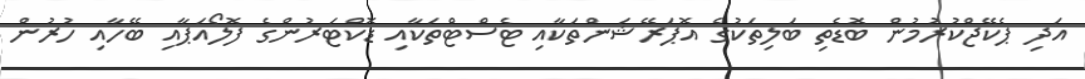
އަދި ޕެކޭޖްކުރުމުން ބޮޑެތި ބަލިތަކުގެ އޮޕަރޭޝަންތަކާއި ޓެސްޓްތަކާއި ޑޮކްޓަރުންގެ ފޮލޯއަޕާއި ބޭހާއި ހުރުން